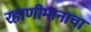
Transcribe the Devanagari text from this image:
रहाणीमानाचा